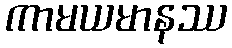
ကာမယမာနဿ